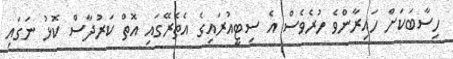
ހިސާބަކަށް ހައިރާންވެ ހުރެވެސް އެ ސިޓީއުރައިގެ އެތެރޭގައި އޮތް ކަރުދާސް ކޮޅު ނަގައި